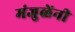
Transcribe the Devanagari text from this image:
मंजुळेंनी